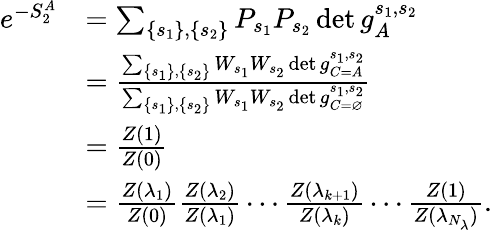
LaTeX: \begin{array}{rl}{e^{-S_{2}^{A}}}&{=\sum_{\left\{ s_{1}\right\} ,\left\{ s_{2}\right\} }P_{s_{1}}P_{s_{2}}\det g_{A}^{s_{1},s_{2}}}\\ &{=\frac{\sum_{\left\{ s_{1}\right\} ,\left\{ s_{2}\right\} }W_{s_{1}}W_{s_{2}}\det g_{C=A}^{s_{1},s_{2}}}{\sum_{\left\{ s_{1}\right\} ,\left\{ s_{2}\right\} }W_{s_{1}}W_{s_{2}}\det g_{C=\varnothing}^{s_{1},s_{2}}}}\\ &{=\frac{Z(1)}{Z(0)}}\\ &{=\frac{Z(\lambda_{1})}{Z(0)}\frac{Z(\lambda_{2})}{Z(\lambda_{1})}\cdots\frac{Z(\lambda_{k+1})}{Z(\lambda_{k})}\cdots\frac{Z(1)}{Z(\lambda_{N_{\lambda}})}.}\end{array}